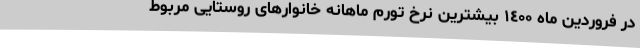
در فروردین ماه ١٤٠٠ بیشترین نرخ تورم ماهانه خانوارهای روستایی مربوط